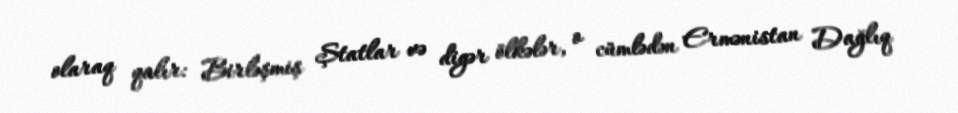
olaraq qalır: Birləşmiş Ştatlar və digər ölkələr, o cümlədən Ermənistan Dağlıq